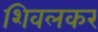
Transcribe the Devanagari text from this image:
शिवलकर